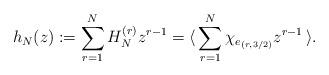
LaTeX: \begin{align*}h_N(z):=\sum_{r=1}^N H_N^{(r)} z^{r-1}=\langle\,\sum_{r=1}^N\chi_{e_{(r,3/2)}}z^{r-1}\,\rangle.\end{align*}